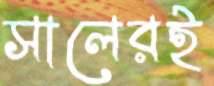
সালেরই